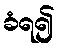
ခံရ၍